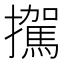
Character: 𪯀